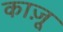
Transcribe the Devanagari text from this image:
काज़ू